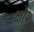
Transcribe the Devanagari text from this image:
क्षोर